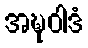
အဍ္ဎဝါဒံ